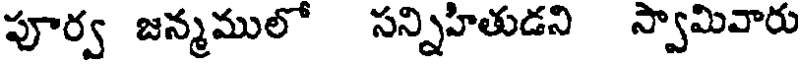
పూర్వ జన్మములో సన్నిహితుడని స్వామివారు